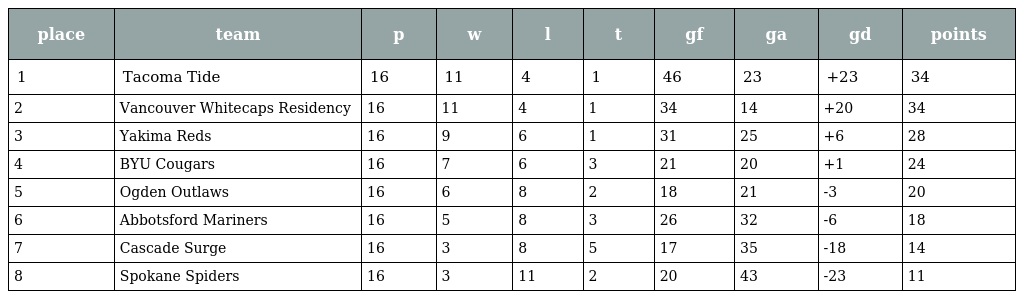
| place | team | p | w | l | t | gf | ga | gd | points |
 | --- | --- | --- | --- | --- | --- | --- | --- | --- | --- |
 | 1 | Tacoma Tide | 16 | 11 | 4 | 1 | 46 | 23 | +23 | 34 |
 | 2 | Vancouver Whitecaps Residency | 16 | 11 | 4 | 1 | 34 | 14 | +20 | 34 |
 | 3 | Yakima Reds | 16 | 9 | 6 | 1 | 31 | 25 | +6 | 28 |
 | 4 | BYU Cougars | 16 | 7 | 6 | 3 | 21 | 20 | +1 | 24 |
 | 5 | Ogden Outlaws | 16 | 6 | 8 | 2 | 18 | 21 | -3 | 20 |
 | 6 | Abbotsford Mariners | 16 | 5 | 8 | 3 | 26 | 32 | -6 | 18 |
 | 7 | Cascade Surge | 16 | 3 | 8 | 5 | 17 | 35 | -18 | 14 |
 | 8 | Spokane Spiders | 16 | 3 | 11 | 2 | 20 | 43 | -23 | 11 |